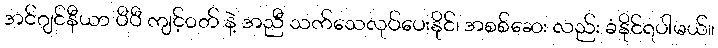
အင်ဂျင်နီယာ ပီပီ ကျင့်ဝတ် နဲ့ အညီ သက်သေလုပ်ပေးနိုင်၊ အစစ်ဆေး လည်း ခံနိုင်ရပါမယ်။